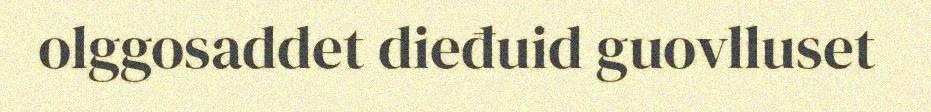
olggosaddet dieđuid guovlluset